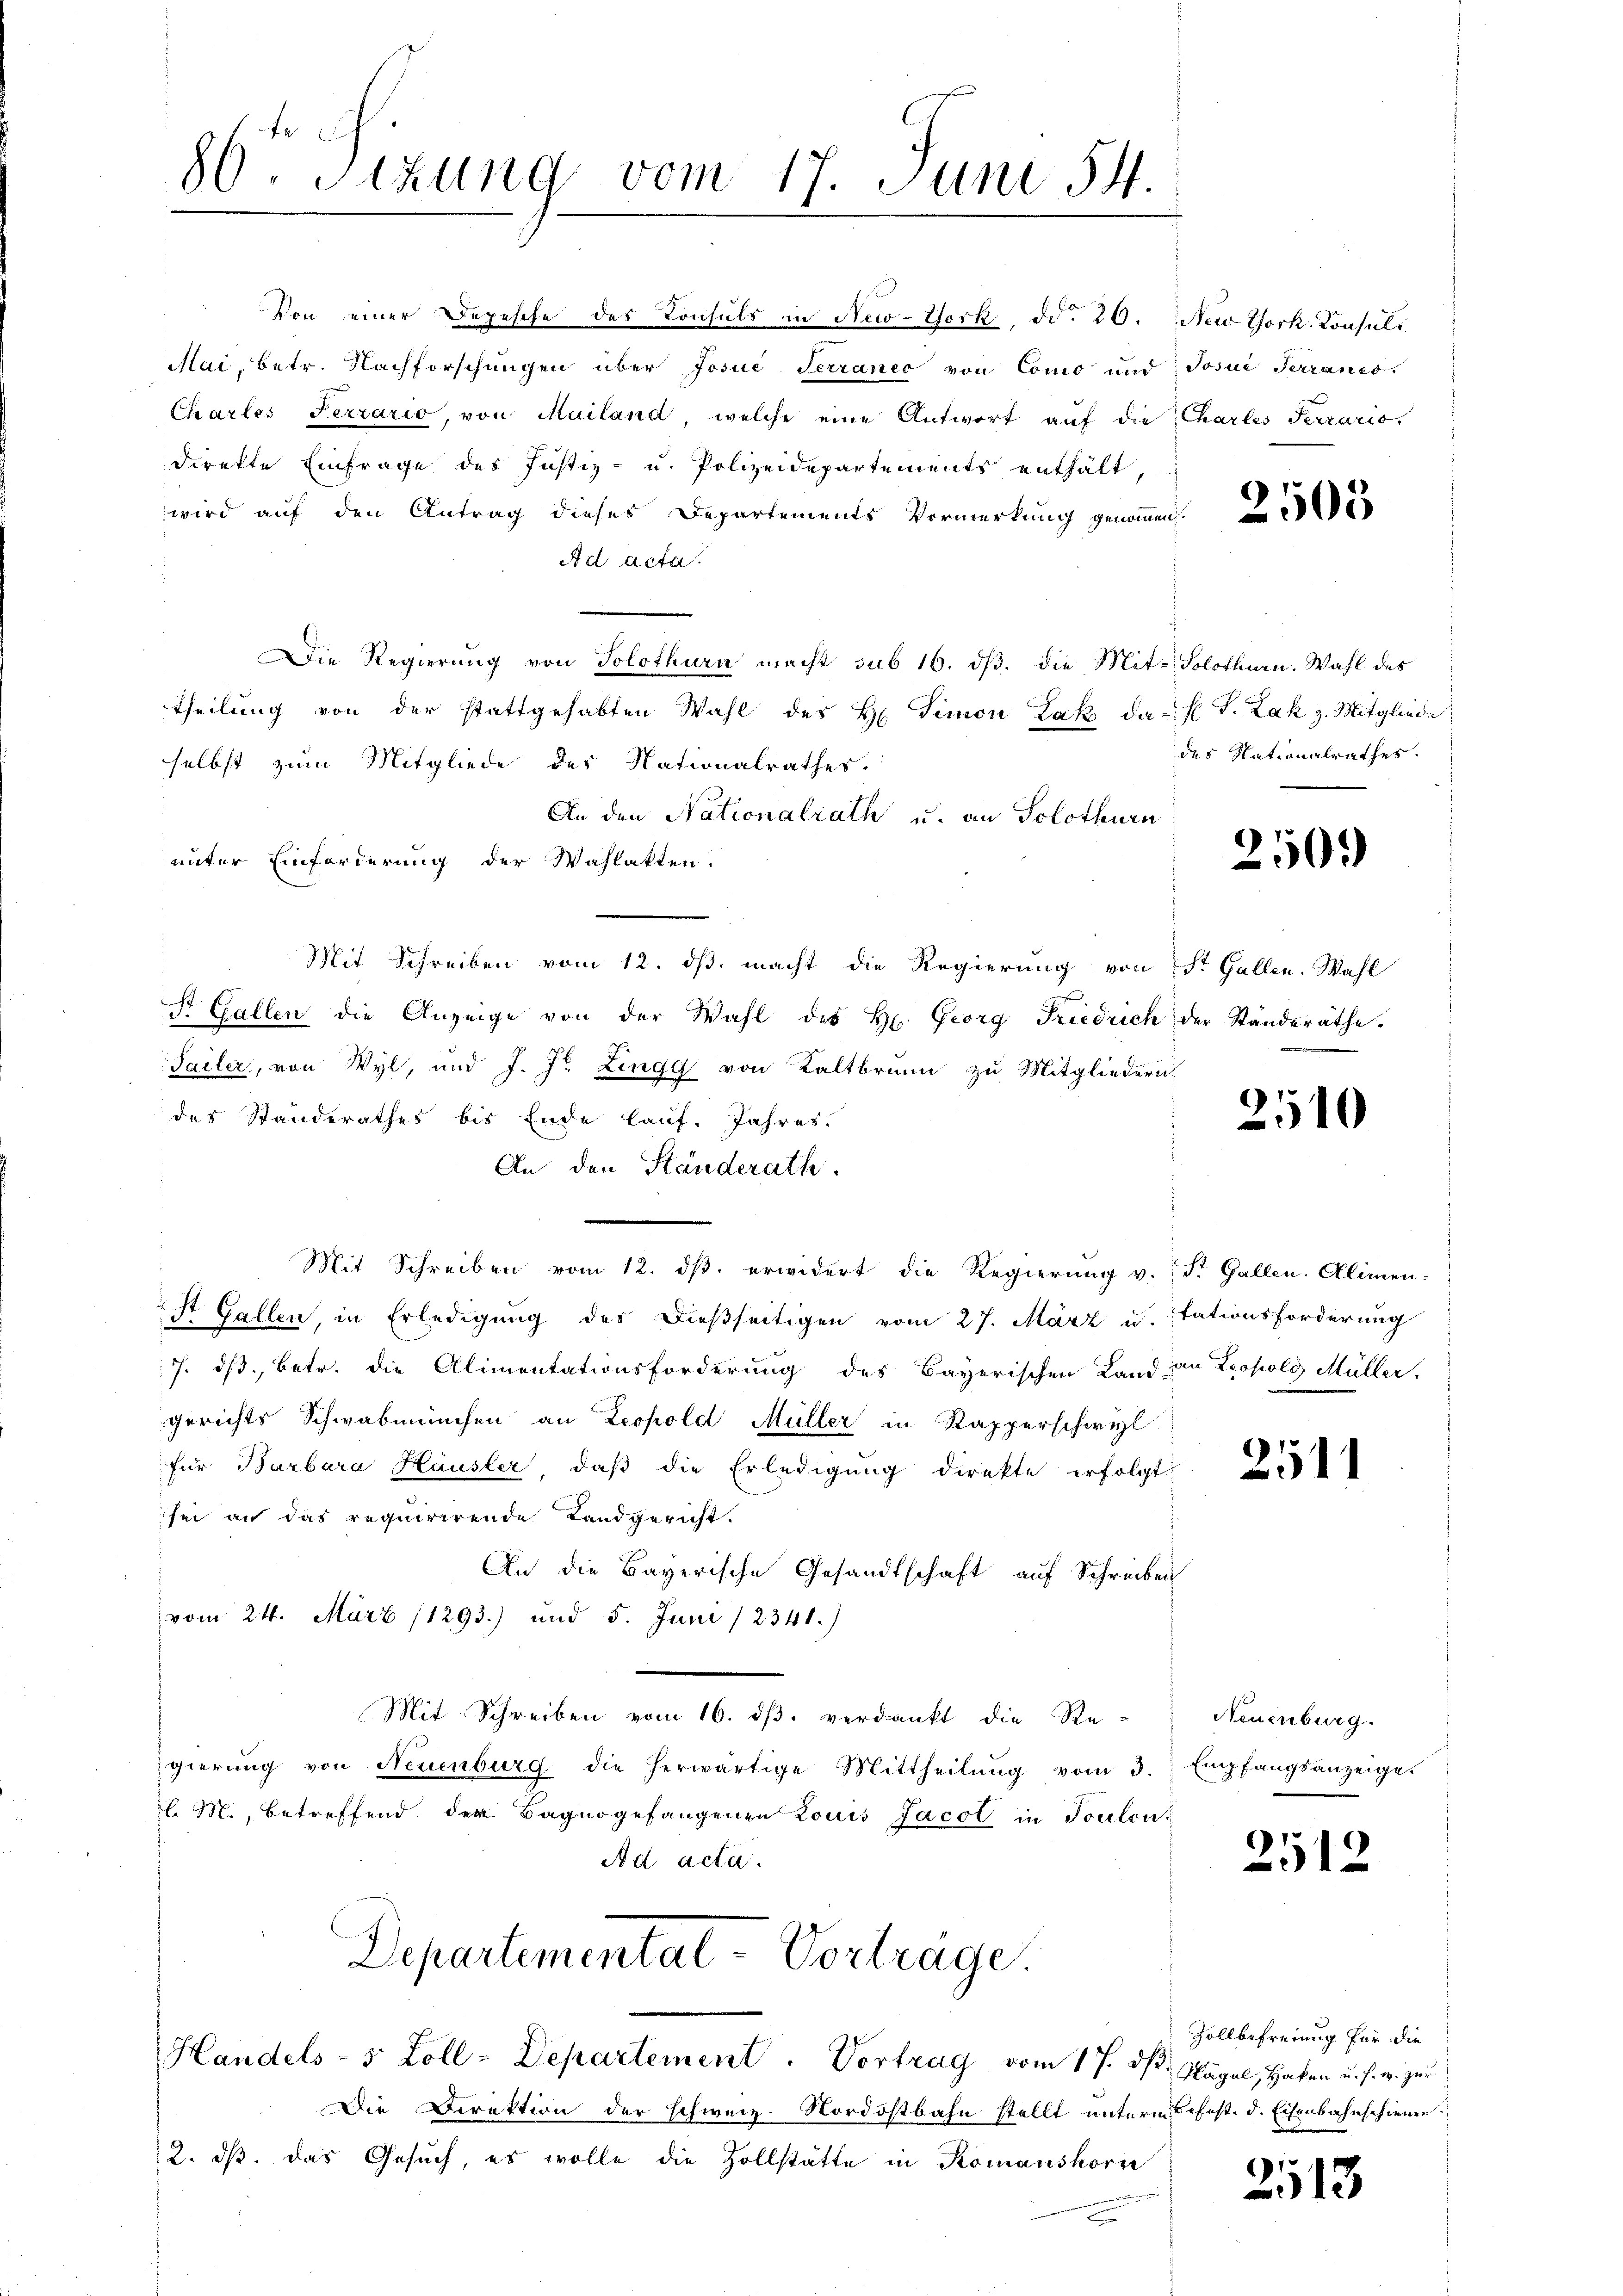
86. Sitzung vom 17. Juni 54.

Handels- 5 Zoll-Departement. Vortrag vom 17. ds Nägel, Haken u. s. w. zur

Von einer Depesche des Konsuls in New-York, dd. 20. NNew York. Konsul
Mai, betr. Nachforschungen über Josue Serraneo von Como und Josui Terranes.
Charles Ferrario, von Mailand, welche eine Antwort auf die Charles Ferrario.
Direkte Einfrage des Justiz- u. Polizeidepartements enthält
wird auf den Antrag dieses Departements Vormerkung genommen.
Ad acta
Die Regierung von Solothurn macht sub 16. dβ. die Mit- Solothurn. Wahl des
theilung von der stattgehabten Wahl des H. Simon Laβ das P. Zak z. Mitgliede
selbst zum Mitgliede des Nationalrathes.
An den Nationalrath u. an Solothurn
unter Einforderung der Wahlakten.
Mit Schreiben vom 12. ds. macht die Regierung von St. Gallen. Wahl
St. Gallen die Anzeige von der Wahl des H. Georg Friedrich der Standeräthe.
Sailer, von Wyl, und J. Jr. Lingg von Kaltbrunn zu Mitgliederu
des Standerathes bis Ende lauf. Jahres.
An den Ständerath.
Mit Schreiben vom 12. dβ. erwidert die Regierŭng v. St. Gallen. Alimen-
St. Gallen, in Erledigung des dießseitigen vom 27. März u. Tationsforderung
7. ds., betr. die Alimentationsforderung des Bayerischen Land an Leopold Müller,
gerichts Schwabmünchen an Leopold Müller in Rapperschwel
für Barbara Häusler, daß die Erledigung direkte erfolgt
sei an das requirirende Landgericht.
An die Bayerische Gesandtschaft auf Schreiben
vom 24. März 11293) und 5. Juni /2341.)
Mit Schreiben vom 16. dß. verdankt die Re-
gierung von Neuenburg die herwärtige Mittheilŭng vom 3. Empfangsanzeiger
 M., betreffend der Bagnogefangenen Louis Jacot in Toulon
Ad acta.
Departementat-Vorträge

Die Direktion der schweiz. Nordostbahn stellt unterm Befest. d. Eisenbahnschienen
2. dβ das Gesuch, es wolle die Zollstätte in Komanshorne
c

des Nationalrathes.

250.

2510

Neuenburg.

2512

Zollbefreiung für die

2513